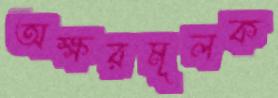
অক্ষরমূলক